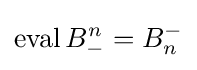
\operatorname {eval} B_{-}^{n}=B_{n}^{-}